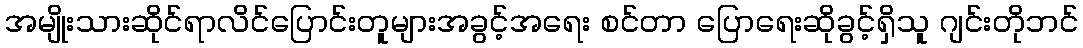
အမျိုးသားဆိုင်ရာလိင်ပြောင်းတူများအခွင့်အရေး စင်တာ ပြောရေးဆိုခွင့်ရှိသူ ဂျင်းတိုဘင်